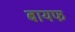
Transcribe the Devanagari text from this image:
बायफ